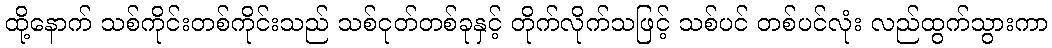
ထို့နောက် သစ်ကိုင်းတစ်ကိုင်းသည် သစ်ငုတ်တစ်ခုနှင့် တိုက်လိုက်သဖြင့် သစ်ပင် တစ်ပင်လုံး လည်ထွက်သွားကာ